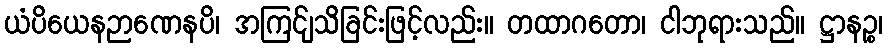
ယံပိယေနဉာဏေနပိ၊ အကြင်ျသိခြင်းဖြင့်လည်း။ တထာဂတော၊ ငါဘုရားသည်။ ဋ္ဌာနဉ္စ၊